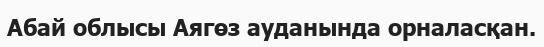
Абай облысы Аягөз ауданында орналасқан.